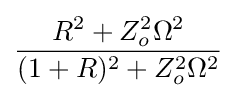
{\frac {R^{2}+Z_{o}^{2}\Omega ^{2}}{(1+R)^{2}+Z_{o}^{2}\Omega ^{2}}}